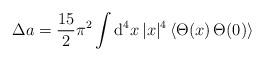
LaTeX: \begin{align*}\Delta a={\frac{15}{2}}\pi ^{2}\int {\rm d}^{4}x\,|x|^{4}\,\langle \Theta(x)\,\Theta (0)\rangle \end{align*}